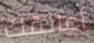
أعانقك